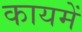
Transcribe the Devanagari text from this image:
कायमें